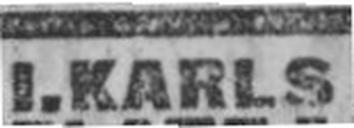
I.KARLS